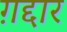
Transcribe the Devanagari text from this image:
ग़द्दार